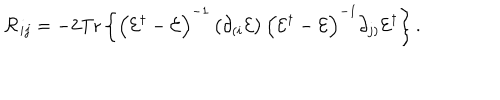
LaTeX: { \cal R } _ { i j } = - 2 \mathrm { T r } \left\{ \left( { \cal E } ^ { \dagger } - { \cal E } \right) ^ { - 1 } \left( \partial _ { ( i } { \cal E } \right) \left( { \cal E } ^ { \dagger } - { \cal E } \right) ^ { - 1 } \partial _ { j ) } { \cal E } ^ { \dagger } \right\} .